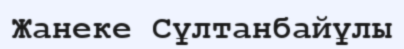
Жанеке Сұлтанбайұлы